Investigations on Bengal jail dietaries - Number 37
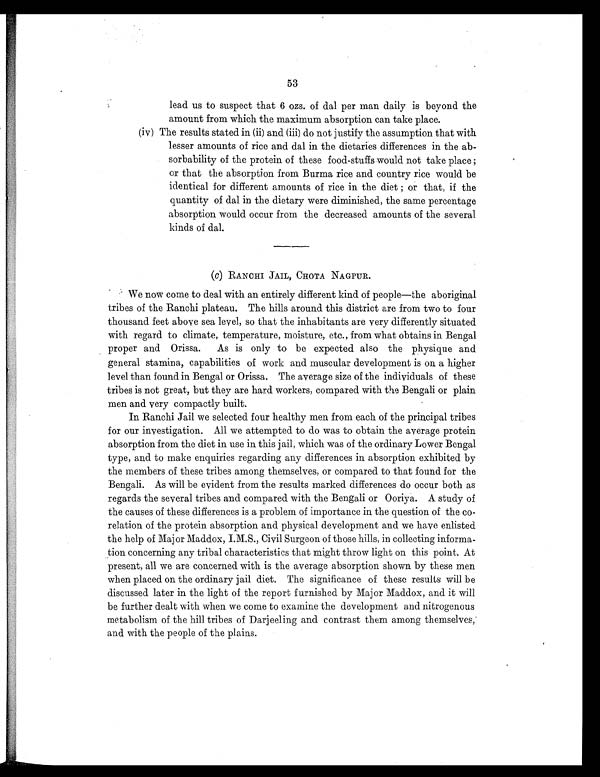
53
lead us to suspect that 6 ozs. of dal per man daily is beyond the
amount from which the maximum absorption can take place.
(iv) The results stated in (ii) and (iii) do not justify the assumption that with
lesser amounts of rice and dal in the dietaries differences in the ab-
sorbability of the protein of these food-stuffs would not take place ;
or that the absorption from Burma rice and country rice would be
identical for different amounts of rice in the diet ; or that, if the
quantity of dal in the dietary were diminished, the same percentage
absorption would occur from the decreased amounts of the several
kinds of dal.
(C) RANCHI JAIL, CHOTA NAGPUR.
We now come to deal with an entirely different kind of people—the aboriginal
tribes of the Ranchi plateau. The hills around this district are from two to four
thousand feet above sea level, so that the inhabitants are very differently situated
with regard to climate, temperature, moisture, etc., from what obtains in Bengal
proper and Orissa. As is only to be expected also the physique and
general stamina, capabilities of work and muscular development is on a higher
level than found in Bengal or Orissa. The average size of the individuals of these
tribes is not great, but they are hard workers, compared with the Bengali or plain
men and very compactly built.
In Ranchi Jail we selected four healthy men from each of the principal tribes
for our investigation. All we attempted to do was to obtain the average protein
absorption from the diet in use in this jail, which was of the ordinary Lower Bengal
type, and to make enquiries regarding any differences in absorption exhibited by
the members of these tribes among themselves, or compared to that found for the
Bengali. As will be evident from the results marked differences do occur both as
regards the several tribes and compared with the Bengali or Ooriya. A study of
the causes of these differences is a problem of importance in the question of the co-
relation of the protein absorption and physical development and we have enlisted
the help of Major Maddox, I.M.S., Civil Surgeon of those hills, in collecting informa-
tion concerning any tribal characteristics that might throw light on this point. At
present, all we are concerned with is the average absorption shown by these men
when placed on the ordinary jail diet. The significance of these results will be
discussed later in the light of the report furnished by Major Maddox, and it will
be further dealt with when we come to examine the development and nitrogenous
metabolism of the hill tribes of Darjeeling and contrast them among themselves,
and with the people of the plains.